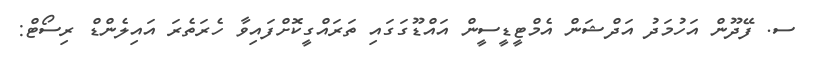
ސ. ފޭދޫން އަހުމަދު އަދްޝަން އެމްޓީޑީސީން އައްޑޫގަގައި ތަރައްގީކޮށްފައިވާ ހެރަތެރަ އައިލެންޑް ރިސޯޓް: